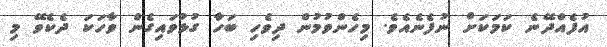
އުފެއްދޭނެ ކަމަކަށް ނުފެނެއެވެ. މިހެންވުމުން ދިވެހި ބަހާ ގުޅުވައިގެން ވާހަކަ ދެކެވޭ މި